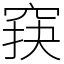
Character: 䆢